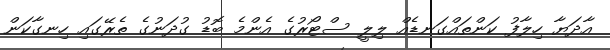
އާދަޔާ ހިލާފު ކަންތައްގަނޑެއް ލިލީ ސްޓޯރުގެ އެންމެ ބޮޑު ގުދަނުގެ ތެރޭގައި ހިނގާކަން